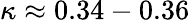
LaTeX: \kappa\approx 0.34-0.36